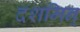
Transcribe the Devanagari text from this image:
दशमिन्‌